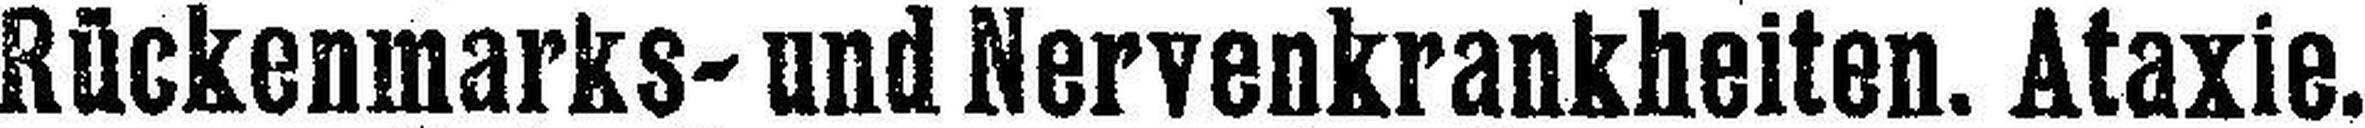
Rückenmarks- und Nervenkrankheiten. Ataxie.